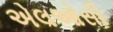
એલઓસી